Annual report on the working of the lock hospitals in the Central Provinces
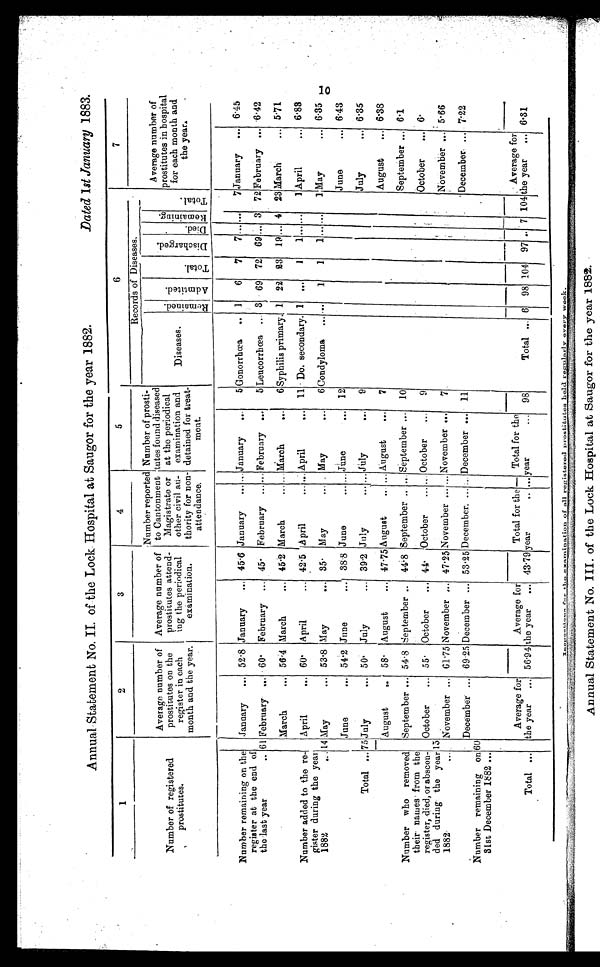
Annual Statement No. II. of the Lock Hospital at Saugor for the year 1882.
Dated 1 st January 1883.
1
2
3
4
5
6
7
Records of Diseases.
Number of registered
prostitutes.
Average number of
prostitutes on the
register in each
month and the year.
Average number of
prostitutes attend
ing the periodical
examination.
Number reported
to Cantonment
Magistrate or
other civil au-
thority for non-
attendance.
Number of prosti
tutes found diseased
at the periodical
examination and
detained for treat-
ment.
Diseases.
R e m a i n e d . Admt i t ed.
T o t a l .
D i s c h a r g e d .
D i e d .
R e m a i n i n g .
T o t a l .
Average number o
f p r o s t i t u t e s i n h o s p i t
a l f o r e a c h m o n t h a m
the year.
Number remaining on the
register at the end of
the last year
...
January
... 52 . 8 January
... 45·6 January
... ... January
...
5 Gonorrhœa
... 1
6
7
7 ... ...
7
January ... 6.45
61 February
. . . 60·
February
... 45·
February
... ... February
...
5 Leucorrhœa ... 3
69
72
69 ... 3
72 February ... 6·42
March
... 56·4 March
... 45·2 March
... .. March
...
6 Syphilis primary... 1
22
23
19 ... 4
23 March
... 5·71
Number added to the re
gister during the year
1882
...
April
... 60·
April
... 42·5 April
... ... April
...
11 Do. Secondary. I
. . .
1
1 ...
. . .
1 April
... 6·83
14 May
... 53·8 May
... 35·
May
... ... May
...
6 Condyloma
... ...
1
1
1 .. ...
1 May
... 6·35
June
... 54·2 June
...
38·8 June
......
... June
...
12
June
... 6·43
Total ... 75 July
... 50·
July
... 39·2 July
... ... July
...
9
July
... 6·35
August
... 58·
August
... 47·75 August
... August
...
7
August
... 6·38
Number who removed
their names from the
register, died, or abscon
ded during the year
1882...
September ... 54·8 September ..
44·8 September .. ... September ...
10
September ... 6·1
15
October
... 55·
October
... 44·
October
... ... October
...
9
October
... 6·
November
. . . 61 . 75 November ... 47·25 November ... ... November ...
7
November ... 5·66
December ... 69·25 December ... 53·25 December.
... December ...
11
December- ... 7·22
Number remaining on
31st December 1882 ...
60
...
. . .
... ...
Total ...
Average for
the year
...
56·94
Average for
the year
... 43·79
Total for the
year.. . . .
... Total for the
year...
98
Total ... 6
98 104
97 ... 7 104
Average for
year
... 6·81